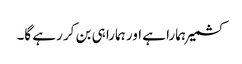
کشمیر ہمارا ہے اور ہمارا ہی بن کر رہے گا۔